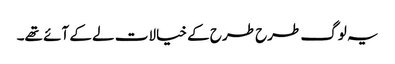
یہ لوگ طرح طرح کے خیالات لے کے آئے تھے۔